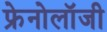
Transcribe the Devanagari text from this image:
फ्रेनोलॉजी